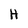
Character: H